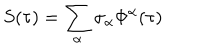
S ( \tau ) = \sum _ { \alpha } \sigma _ { \alpha } \Phi ^ { \alpha } ( \tau )